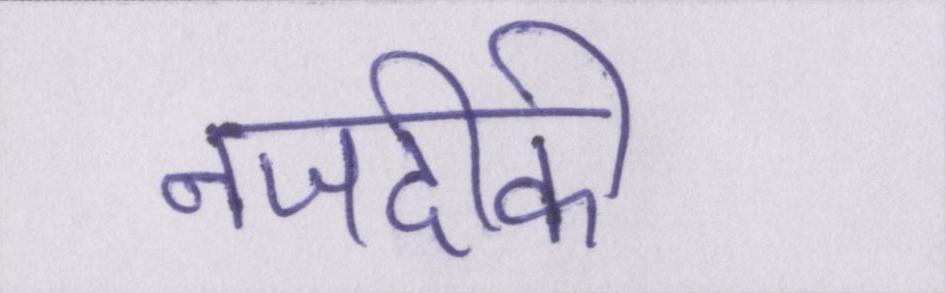
नजदीकी